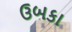
ઉબકા